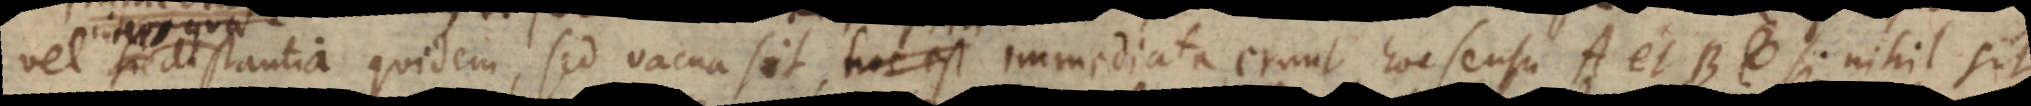
distantia quidem, sed vacua sit. An immediata erunt hoc sensu A et B, si nihil si